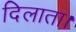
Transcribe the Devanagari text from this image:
दिलाता।